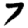
Digit: 7